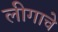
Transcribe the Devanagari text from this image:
लीगाचे